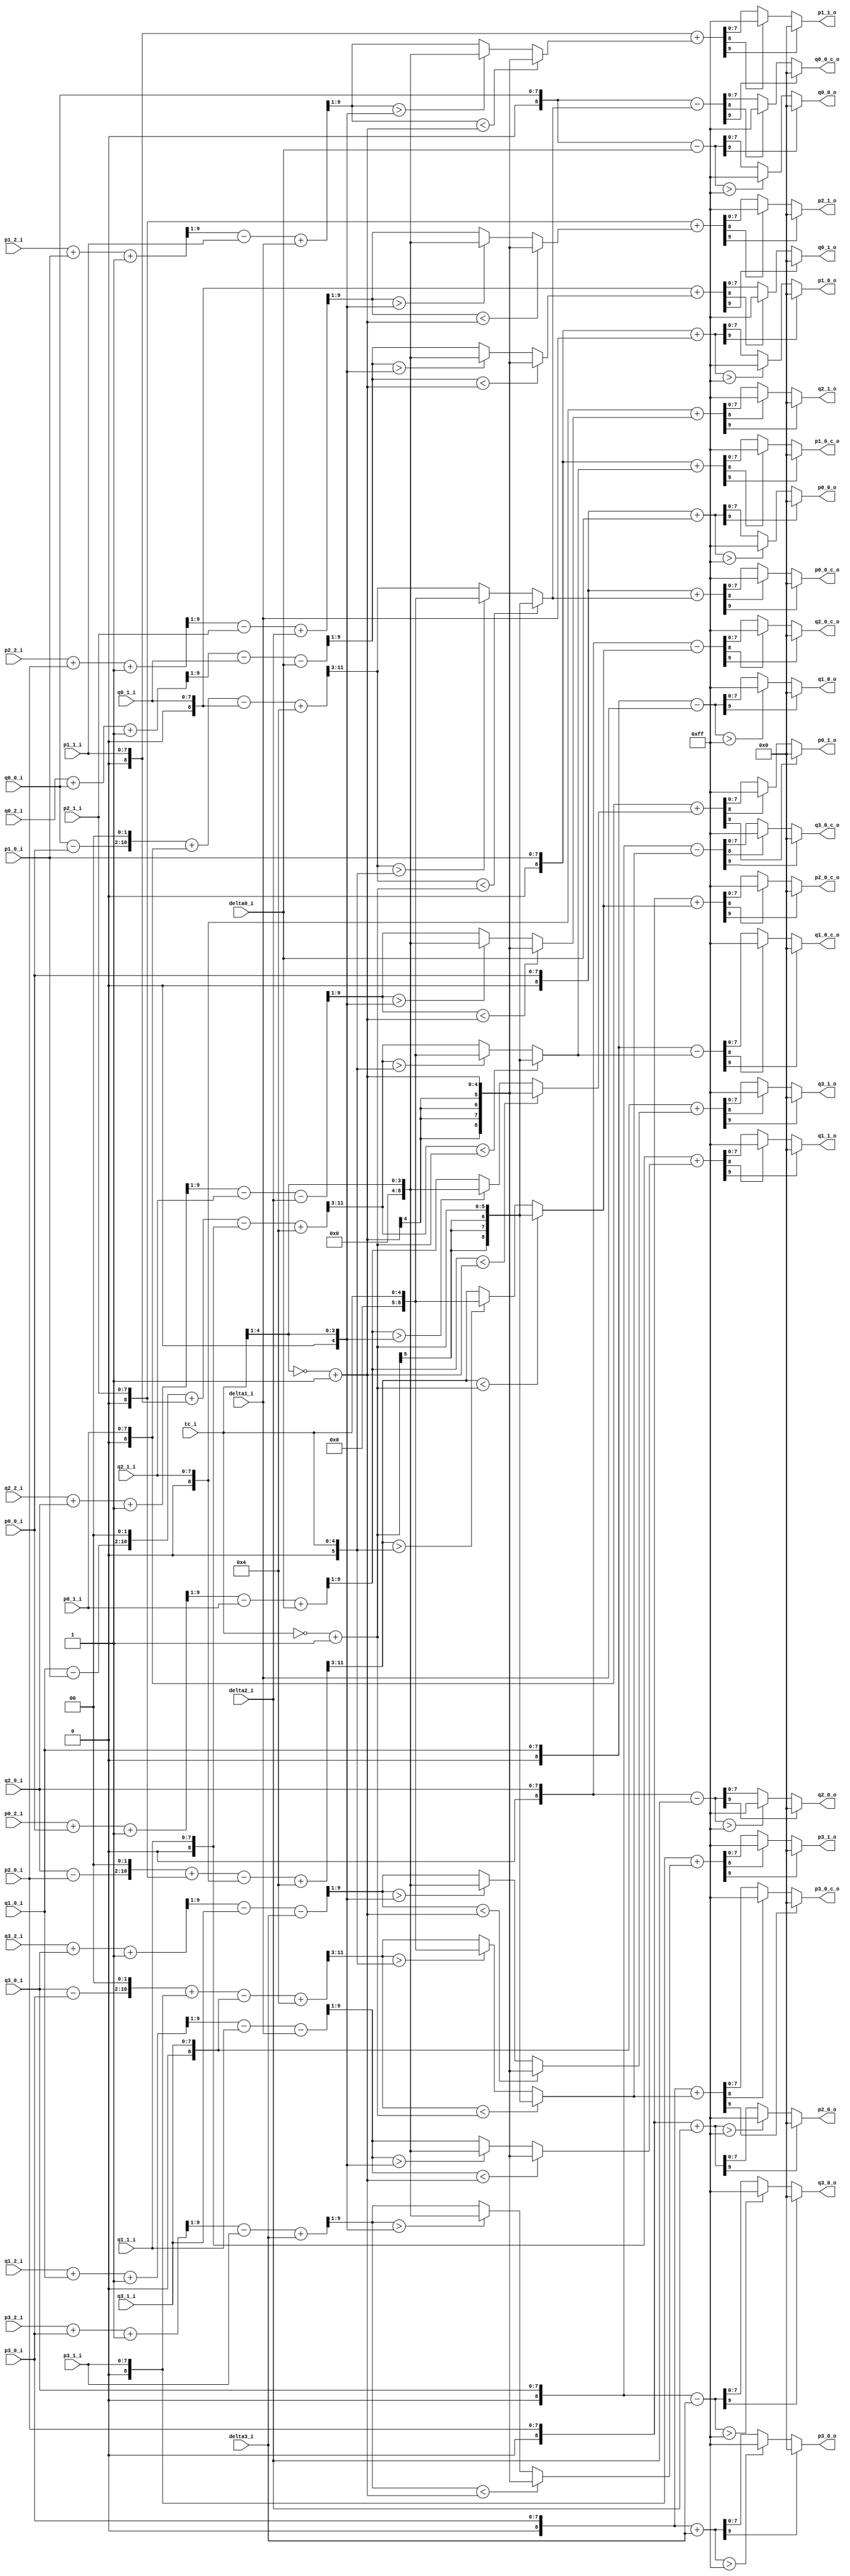
//----------------------------------------------------------------------------
//                                                                 
//  COPYRIGHT (C) 2011, VIPcore Group, Fudan University
//                                                                  
//  THIS FILE MAY NOT BE MODIFIED OR REDISTRIBUTED WITHOUT THE      
//  EXPRESSED WRITTEN CONSENT OF VIPcore Group
//                                                                  
//  VIPcore       : http://soc.fudan.edu.cn/vip    
//  IP Owner 	  : Yibo FAN
//  Contact       : fanyibo@fudan.edu.cn             
//----------------------------------------------------------------------------
// Description    : 1. normal filter with 1 pixels filtered
//					2. normal filter with 2 pixels filtered
//        			3. chroma filter 
//----------------------------------------------------------------------------
module db_normal_filter_2(
							tc_i,
							
							p0_0_i  ,  p0_1_i  ,  p0_2_i ,
							p1_0_i  ,  p1_1_i  ,  p1_2_i ,
							p2_0_i  ,  p2_1_i  ,  p2_2_i ,
							p3_0_i  ,  p3_1_i  ,  p3_2_i ,
							                             
							q0_0_i  ,  q0_1_i  ,  q0_2_i ,
							q1_0_i  ,  q1_1_i  ,  q1_2_i ,
							q2_0_i  ,  q2_1_i  ,  q2_2_i ,
							q3_0_i  ,  q3_1_i  ,  q3_2_i ,
							
							delta0_i,
							delta1_i,
							delta2_i,
							delta3_i,
							
							p0_0_o  ,
							p1_0_o  ,
							p2_0_o  ,
							p3_0_o  ,
 
							q0_0_o  ,
							q1_0_o  ,
							q2_0_o  ,
							q3_0_o  , 
							
						    p0_1_o  ,
						    p1_1_o  ,
						    p2_1_o  ,
						    p3_1_o  ,
						           
						    q0_1_o  ,
						    q1_1_o  ,
				            q2_1_o  ,
                            q3_1_o  ,  
							
							p0_0_c_o,
                            p1_0_c_o,
                            p2_0_c_o,
                            p3_0_c_o,
							 
							q0_0_c_o,
							q1_0_c_o,
							q2_0_c_o,
                            q3_0_c_o
						);
//-------------------------- -------------------------------------------------
//
//                        INPUT/OUTPUT DECLARATION 
//
//----------------------------------------------------------------------------
input [4:0] tc_i;

input [7:0] p0_0_i  ,  p0_1_i  ,  p0_2_i  ,
		    p1_0_i  ,  p1_1_i  ,  p1_2_i  ,
		    p2_0_i  ,  p2_1_i  ,  p2_2_i  ,
		    p3_0_i  ,  p3_1_i  ,  p3_2_i  ;
                                             
input [7:0] q0_0_i  ,  q0_1_i  ,  q0_2_i  ,
            q1_0_i  ,  q1_1_i  ,  q1_2_i  ,
            q2_0_i  ,  q2_1_i  ,  q2_2_i  ,
            q3_0_i  ,  q3_1_i  ,  q3_2_i  ;

input [8:0] delta0_i  	     ;
input [8:0] delta1_i  	     ;
input [8:0] delta2_i  	     ;
input [8:0] delta3_i  	     ;

output[7:0] p0_0_o  ,  p1_0_o  ,  p2_0_o   , p3_0_o ;                   
output[7:0] q0_0_o  ,  q1_0_o  ,  q2_0_o   , q3_0_o ;

output[7:0] p0_1_o  ,  p1_1_o  ,  p2_1_o   , p3_1_o	 ;
output[7:0] q0_1_o  ,  q1_1_o  ,  q2_1_o   , q3_1_o  ;
			  
output [7:0]  p0_0_c_o,q0_0_c_o ;//chroma output 
output [7:0]  p1_0_c_o,q1_0_c_o ;
output [7:0]  p2_0_c_o,q2_0_c_o ;
output [7:0]  p3_0_c_o,q3_0_c_o ;			  
			  
wire  signed [8:0]  delta0_i  ;
wire  signed [8:0]  delta1_i  ;
wire  signed [8:0]  delta2_i  ;
wire  signed [8:0]  delta3_i  ;			  

//---------------------------------------------------------------------------
//
//              COMBINATION  CIRCUIT:cacl amplitude
//
//----------------------------------------------------------------------------
wire signed [8:0]  p0_0_s_w  =  {1'b0 , p0_0_i } ;
wire signed [8:0]  p0_1_s_w  =  {1'b0 , p0_1_i } ;
wire signed [8:0]  p0_2_s_w  =  {1'b0 , p0_2_i } ;
wire signed [8:0]  p1_0_s_w  =  {1'b0 , p1_0_i } ;
wire signed [8:0]  p1_1_s_w  =  {1'b0 , p1_1_i } ;
wire signed [8:0]  p1_2_s_w  =  {1'b0 , p1_2_i } ;
wire signed [8:0]  p2_0_s_w  =  {1'b0 , p2_0_i } ;
wire signed [8:0]  p2_1_s_w  =  {1'b0 , p2_1_i } ;
wire signed [8:0]  p2_2_s_w  =  {1'b0 , p2_2_i } ;
wire signed [8:0]  p3_0_s_w  =  {1'b0 , p3_0_i } ;
wire signed [8:0]  p3_1_s_w  =  {1'b0 , p3_1_i } ;
wire signed [8:0]  p3_2_s_w  =  {1'b0 , p3_2_i } ;
                                                
wire signed [8:0]  q0_0_s_w  =  {1'b0 , q0_0_i } ;
wire signed [8:0]  q0_1_s_w  =  {1'b0 , q0_1_i } ;
wire signed [8:0]  q0_2_s_w  =  {1'b0 , q0_2_i } ;
wire signed [8:0]  q1_0_s_w  =  {1'b0 , q1_0_i } ;
wire signed [8:0]  q1_1_s_w  =  {1'b0 , q1_1_i } ;
wire signed [8:0]  q1_2_s_w  =  {1'b0 , q1_2_i } ;
wire signed [8:0]  q2_0_s_w  =  {1'b0 , q2_0_i } ;
wire signed [8:0]  q2_1_s_w  =  {1'b0 , q2_1_i } ;
wire signed [8:0]  q2_2_s_w  =  {1'b0 , q2_2_i } ;
wire signed [8:0]  q3_0_s_w  =  {1'b0 , q3_0_i } ;
wire signed [8:0]  q3_1_s_w  =  {1'b0 , q3_1_i } ;
wire signed [8:0]  q3_2_s_w  =  {1'b0 , q3_2_i } ;
//-----------------------------------------------------------------------------
//normal filter:1
wire  signed [9:0] pplus_delta00_w  =   p0_0_s_w + delta0_i    ;
wire  signed [9:0] pplus_delta10_w  =   p1_0_s_w + delta1_i    ;
wire  signed [9:0] pplus_delta20_w  =   p2_0_s_w + delta2_i    ;
wire  signed [9:0] pplus_delta30_w  =   p3_0_s_w + delta3_i    ;

wire  signed [9:0] qplus_delta00_w  =   q0_0_s_w - delta0_i    ;
wire  signed [9:0] qplus_delta10_w  =   q1_0_s_w - delta1_i    ;
wire  signed [9:0] qplus_delta20_w  =   q2_0_s_w - delta2_i    ;
wire  signed [9:0] qplus_delta30_w  =   q3_0_s_w - delta3_i    ;
                   
assign  p0_0_o  =   pplus_delta00_w[9] ? 8'b0 : ( (pplus_delta00_w  >  10'd255 )? 8'd255 : pplus_delta00_w[7:0] );
assign  p1_0_o  =   pplus_delta10_w[9] ? 8'b0 : ( (pplus_delta10_w  >  10'd255 )? 8'd255 : pplus_delta10_w[7:0] );
assign  p2_0_o  =   pplus_delta20_w[9] ? 8'b0 : ( (pplus_delta20_w  >  10'd255 )? 8'd255 : pplus_delta20_w[7:0] );
assign  p3_0_o  =   pplus_delta30_w[9] ? 8'b0 : ( (pplus_delta30_w  >  10'd255 )? 8'd255 : pplus_delta30_w[7:0] );
           
assign  q0_0_o  =   qplus_delta00_w[9] ? 8'b0 : ( (qplus_delta00_w  >  10'd255 )? 8'd255 : qplus_delta00_w[7:0] );
assign  q1_0_o  =   qplus_delta10_w[9] ? 8'b0 : ( (qplus_delta10_w  >  10'd255 )? 8'd255 : qplus_delta10_w[7:0] );
assign  q2_0_o  =   qplus_delta20_w[9] ? 8'b0 : ( (qplus_delta20_w  >  10'd255 )? 8'd255 : qplus_delta20_w[7:0] );
assign  q3_0_o  =   qplus_delta30_w[9] ? 8'b0 : ( (qplus_delta30_w  >  10'd255 )? 8'd255 : qplus_delta30_w[7:0] );
//-----------------------------------------------------------------------------
//normal filter:2

wire signed [4:0] tc_div_x =~(tc_i[4:1]) + 1'b1;
wire signed [4:0] tc_div_y ={1'b0,tc_i[4:1]} ;

wire  signed [8:0] deltap2_0_w  =  ( ( (p0_2_s_w + p0_0_s_w + 1) >>1) - p0_1_s_w + delta0_i) >>1 ;
wire  signed [8:0] deltap2_1_w  =  ( ( (p1_2_s_w + p1_0_s_w + 1) >>1) - p1_1_s_w + delta1_i) >>1 ;
wire  signed [8:0] deltap2_2_w  =  ( ( (p2_2_s_w + p2_0_s_w + 1) >>1) - p2_1_s_w + delta2_i) >>1 ;
wire  signed [8:0] deltap2_3_w  =  ( ( (p3_2_s_w + p3_0_s_w + 1) >>1) - p3_1_s_w + delta3_i) >>1 ;

wire  signed [8:0] deltaq2_0_w  =  ( ( (q0_2_s_w + q0_0_s_w + 1) >>1) - q0_1_s_w - delta0_i) >>1 ;
wire  signed [8:0] deltaq2_1_w  =  ( ( (q1_2_s_w + q1_0_s_w + 1) >>1) - q1_1_s_w - delta1_i) >>1 ;
wire  signed [8:0] deltaq2_2_w  =  ( ( (q2_2_s_w + q2_0_s_w + 1) >>1) - q2_1_s_w - delta2_i) >>1 ;
wire  signed [8:0] deltaq2_3_w  =  ( ( (q3_2_s_w + q3_0_s_w + 1) >>1) - q3_1_s_w - delta3_i) >>1 ;

wire  signed [8:0] delta2_p0_w  = deltap2_0_w < tc_div_x ?  tc_div_x : (deltap2_0_w > tc_div_y  ? tc_div_y  : deltap2_0_w);
wire  signed [8:0] delta2_p1_w  = deltap2_1_w < tc_div_x ?  tc_div_x : (deltap2_1_w > tc_div_y  ? tc_div_y  : deltap2_1_w); 
wire  signed [8:0] delta2_p2_w  = deltap2_2_w < tc_div_x ?  tc_div_x : (deltap2_2_w > tc_div_y  ? tc_div_y  : deltap2_2_w); 
wire  signed [8:0] delta2_p3_w  = deltap2_3_w < tc_div_x ?  tc_div_x : (deltap2_3_w > tc_div_y  ? tc_div_y  : deltap2_3_w);  
                                  
wire  signed [8:0] delta2_q0_w  = deltaq2_0_w < tc_div_x ?  tc_div_x : (deltaq2_0_w > tc_div_y  ? tc_div_y  : deltaq2_0_w);
wire  signed [8:0] delta2_q1_w  = deltaq2_1_w < tc_div_x ?  tc_div_x : (deltaq2_1_w > tc_div_y  ? tc_div_y  : deltaq2_1_w); 
wire  signed [8:0] delta2_q2_w  = deltaq2_2_w < tc_div_x ?  tc_div_x : (deltaq2_2_w > tc_div_y  ? tc_div_y  : deltaq2_2_w); 
wire  signed [8:0] delta2_q3_w  = deltaq2_3_w < tc_div_x ?  tc_div_x : (deltaq2_3_w > tc_div_y  ? tc_div_y  : deltaq2_3_w);  

wire  signed [9:0] pplus_delta01_w  =   p0_1_s_w + delta2_p0_w  ;
wire  signed [9:0] pplus_delta11_w  =   p1_1_s_w + delta2_p1_w  ;
wire  signed [9:0] pplus_delta21_w  =   p2_1_s_w + delta2_p2_w  ;
wire  signed [9:0] pplus_delta31_w  =   p3_1_s_w + delta2_p3_w  ;
                                             
wire  signed [9:0] qplus_delta01_w  =   q0_1_s_w + delta2_q0_w  ;
wire  signed [9:0] qplus_delta11_w  =   q1_1_s_w + delta2_q1_w  ;
wire  signed [9:0] qplus_delta21_w  =   q2_1_s_w + delta2_q2_w  ;
wire  signed [9:0] qplus_delta31_w  =   q3_1_s_w + delta2_q3_w  ;

assign p0_1_o   =   pplus_delta01_w[9] ? 8'd0 : ( pplus_delta01_w[8]? 8'd255 : pplus_delta01_w[7:0]);
assign p1_1_o   =   pplus_delta11_w[9] ? 8'd0 : ( pplus_delta11_w[8]? 8'd255 : pplus_delta11_w[7:0]);
assign p2_1_o   =   pplus_delta21_w[9] ? 8'd0 : ( pplus_delta21_w[8]? 8'd255 : pplus_delta21_w[7:0]);
assign p3_1_o   =   pplus_delta31_w[9] ? 8'd0 : ( pplus_delta31_w[8]? 8'd255 : pplus_delta31_w[7:0]);
  
assign q0_1_o   =   qplus_delta01_w[9] ? 8'd0 : ( qplus_delta01_w[8]? 8'd255 : qplus_delta01_w[7:0]);
assign q1_1_o   =   qplus_delta11_w[9] ? 8'd0 : ( qplus_delta11_w[8]? 8'd255 : qplus_delta11_w[7:0]);
assign q2_1_o   =   qplus_delta21_w[9] ? 8'd0 : ( qplus_delta21_w[8]? 8'd255 : qplus_delta21_w[7:0]);
assign q3_1_o   =   qplus_delta31_w[9] ? 8'd0 : ( qplus_delta31_w[8]? 8'd255 : qplus_delta31_w[7:0]);
//--------------------------------------------------------------------------------------------------------------------------
//chroma filter
wire  signed [8:0]  delta0_w  ;//chroma delta
wire  signed [8:0]  delta1_w  ;//chroma delta
wire  signed [8:0]  delta2_w  ;//chroma delta
wire  signed [8:0]  delta3_w  ;//chroma delta

wire  signed [5:0]  tc_x        ;
wire  signed [5:0]  tc_y        ;

assign delta0_w = ((((q0_0_s_w-p0_0_s_w)<<2)+p0_1_s_w-q0_1_s_w+4)>>3);
assign delta1_w = ((((q1_0_s_w-p1_0_s_w)<<2)+p1_1_s_w-q1_1_s_w+4)>>3);
assign delta2_w = ((((q2_0_s_w-p2_0_s_w)<<2)+p2_1_s_w-q2_1_s_w+4)>>3);
assign delta3_w = ((((q3_0_s_w-p3_0_s_w)<<2)+p3_1_s_w-q3_1_s_w+4)>>3);

assign tc_x       = ~tc_i + 1'b1 ;
assign tc_y       = {1'b0,tc_i}  ;

wire  signed [8:0]  delta0_tc_w  ;//chroma delta
wire  signed [8:0]  delta1_tc_w  ;//chroma delta
wire  signed [8:0]  delta2_tc_w  ;//chroma delta
wire  signed [8:0]  delta3_tc_w  ;//chroma delta

assign delta0_tc_w = delta0_w < tc_x ? tc_x : (delta0_w > tc_y ? tc_y :delta0_w ) ;
assign delta1_tc_w = delta1_w < tc_x ? tc_x : (delta1_w > tc_y ? tc_y :delta1_w ) ;
assign delta2_tc_w = delta2_w < tc_x ? tc_x : (delta2_w > tc_y ? tc_y :delta2_w ) ;
assign delta3_tc_w = delta3_w < tc_x ? tc_x : (delta3_w > tc_y ? tc_y :delta3_w ) ;

wire signed [9:0] p0_0_m_w,q0_0_m_w ;
wire signed [9:0] p1_0_m_w,q1_0_m_w ;
wire signed [9:0] p2_0_m_w,q2_0_m_w ;
wire signed [9:0] p3_0_m_w,q3_0_m_w ;

assign p0_0_m_w  = p0_0_s_w  + delta0_tc_w  ;
assign p1_0_m_w  = p1_0_s_w  + delta1_tc_w  ;
assign p2_0_m_w  = p2_0_s_w  + delta2_tc_w  ;
assign p3_0_m_w  = p3_0_s_w  + delta3_tc_w  ;
assign q0_0_m_w  = q0_0_s_w  - delta0_tc_w  ;
assign q1_0_m_w  = q1_0_s_w  - delta1_tc_w  ;
assign q2_0_m_w  = q2_0_s_w  - delta2_tc_w  ;
assign q3_0_m_w  = q3_0_s_w  - delta3_tc_w  ;

assign p0_0_c_o  =  p0_0_m_w[9] ? 8'd0 :(p0_0_m_w[8] ? 8'd255 :p0_0_m_w[7:0]);
assign p1_0_c_o  =  p1_0_m_w[9] ? 8'd0 :(p1_0_m_w[8] ? 8'd255 :p1_0_m_w[7:0]);
assign p2_0_c_o  =  p2_0_m_w[9] ? 8'd0 :(p2_0_m_w[8] ? 8'd255 :p2_0_m_w[7:0]);
assign p3_0_c_o  =  p3_0_m_w[9] ? 8'd0 :(p3_0_m_w[8] ? 8'd255 :p3_0_m_w[7:0]);

assign q0_0_c_o  =  q0_0_m_w[9] ? 8'd0 :(q0_0_m_w[8] ? 8'd255 :q0_0_m_w[7:0]);
assign q1_0_c_o  =  q1_0_m_w[9] ? 8'd0 :(q1_0_m_w[8] ? 8'd255 :q1_0_m_w[7:0]);
assign q2_0_c_o  =  q2_0_m_w[9] ? 8'd0 :(q2_0_m_w[8] ? 8'd255 :q2_0_m_w[7:0]);
assign q3_0_c_o  =  q3_0_m_w[9] ? 8'd0 :(q3_0_m_w[8] ? 8'd255 :q3_0_m_w[7:0]);

endmodule